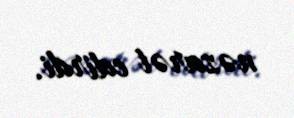
nəzarət edirdi.